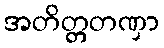
အတိတ္တတဏှာ